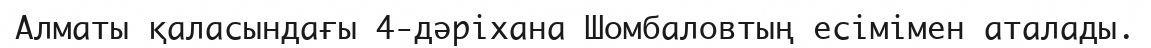
Алматы қаласындағы 4-дәріхана Шомбаловтың есімімен аталады.